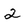
Character: 2